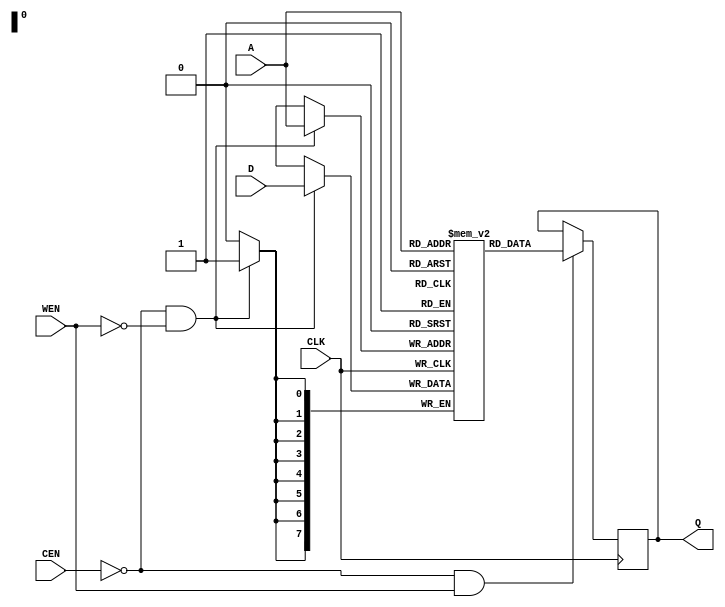
module sram256x8 (                             
	CLK,                                       
	A,                                         
	CEN,                                       
	WEN,                                       
	D,                                         
	Q                                          
);                                             
                                               
input       CLK;                               
input [7:0] A;                                 
input [7:0] D;                                 
                                               
input CEN;                                     
input WEN;                                     
                                               
output [7:0] Q;                                
reg [7:0] Q;                                   
/*********************************************/
/* this part should be replaced by ASIC sram */
reg [7:0] mem [0:255];                         
always @ ( posedge CLK )                       
		 if(~CEN && ~WEN)                      
					mem[A] <= #1 D;            
                                               
always @ ( posedge CLK )                       
		if(~CEN && WEN)                        
					Q <= #1 mem[A];            
/*********************************************/
				                               
endmodule